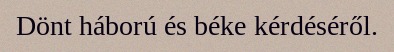
Dönt háború és béke kérdéséről.